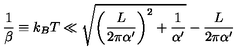
\frac { 1 } { \beta } \equiv k _ { B } T \ll \sqrt { \left( \frac { L } { 2 \pi \alpha ^ { \prime } } \right) ^ { 2 } + \frac { 1 } { \alpha ^ { \prime } } } - \frac { L } { 2 \pi \alpha ^ { \prime } }